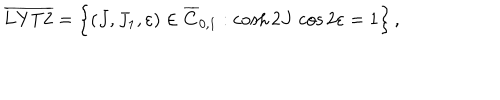
LaTeX: \overline { { \mathrm { L Y T 2 } } } = \left\{ ( J , J _ { 1 } , \varepsilon ) \in \overline { { C } } _ { 0 , 1 } : \cosh 2 J \, \cos 2 \varepsilon = 1 \right\} ,